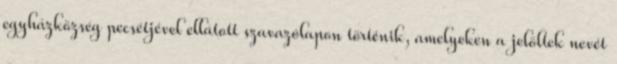
egyházközség pecsétjével ellátott szavazólapon történik, amelyeken a jelöltek nevét